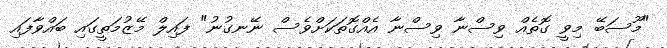
"މޫސަބޭ މިވީ ގޮތެއް ވިސްނާ ވިސްނާ އެއްގޮތަކަށްވެސް ނޭނގުނު" ފައިލް މޭޒުމަތީގައި ބައްވާފައި